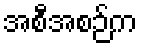
အစီအစဉ်က